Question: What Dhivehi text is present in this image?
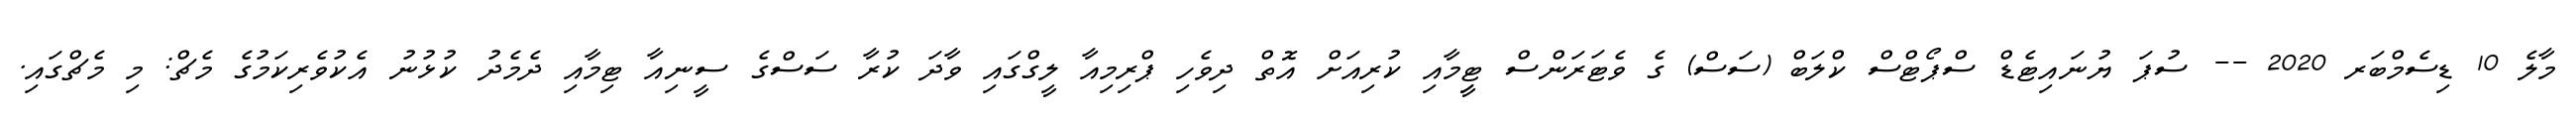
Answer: މާލެ 10 ޑިސެމްބަރ 2020 -- ސުޕަ ޔުނައިޓެޑް ސްޕޯޓްސް ކްލަބް (ސަސް) ގެ ވެޓަރަންސް ޓިީމާއި ކުރިއަށް އޮތް ދިވެހި ޕްރިމިއާ ލީގްގައި ވާދަ ކުރާ ސަސްގެ ސީނިއާ ޓިމާއި ދެމެދު ކުޅުނު އެކުވެރިކަމުގެ މެޗް: މި މެޗްގައި.